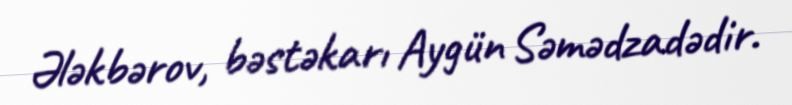
Ələkbərov, bəstəkarı Aygün Səmədzadədir.